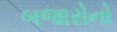
બજારોનો